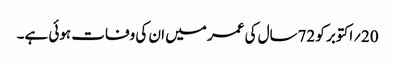
20؍اکتوبر کو 72سال کی عمر میں ان کی وفات ہوئی ہے۔